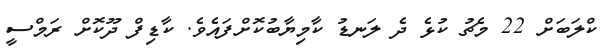
ކްލަބަށް 22 މެޗު ކުޅެ ދެ ލަނޑު ކާމިޔާބުކޮށްފައެވެ. ކާޑިފް ދޫކޮށް ރަމްސީ